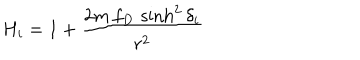
H _ { i } = 1 + { \frac { 2 m \, f _ { D } \, \sinh ^ { 2 } \delta _ { i } } { r ^ { 2 } } }